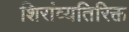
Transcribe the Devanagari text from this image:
शिरांव्यतिरिक्त